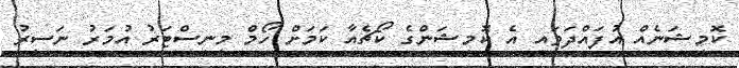
ކޮމިޝަނެއް އުފައްދަވައި އެ ކޮމިޝަންގެ ކޯޗެއާ ކަމަށް ހޯމް މިނިސްޓަރު އުމަރު ނަސީރު